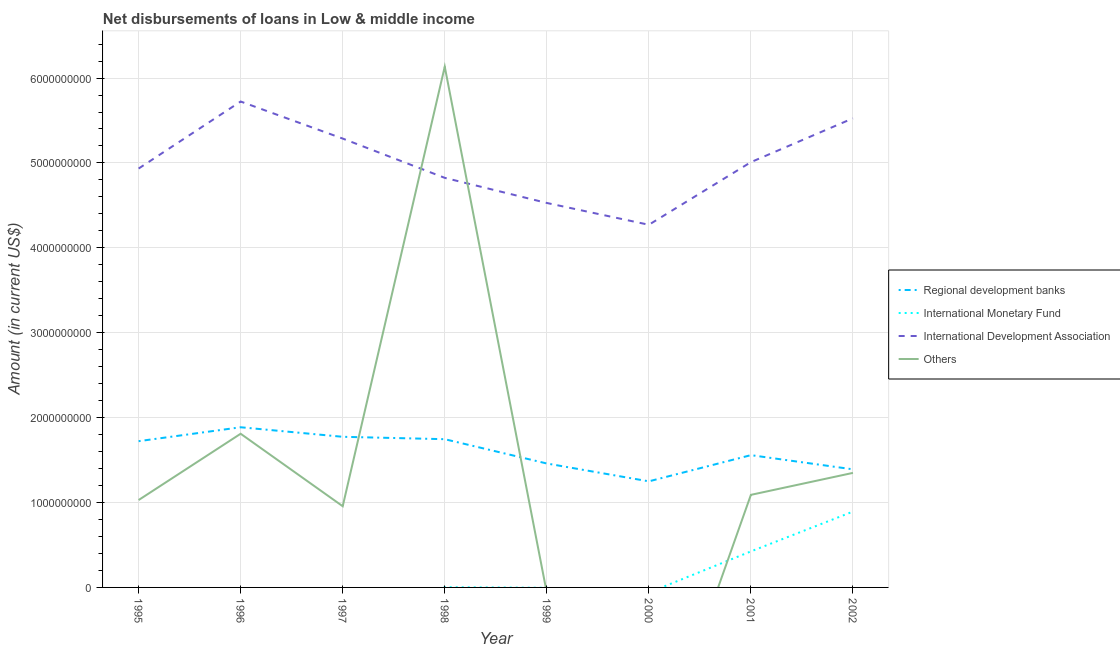
| Year | Regional development banks | International Monetary Fund | International Development Association | Others |
 | --- | --- | --- | --- | --- |
 | 1995 | 1.72e+09 | -1.25e+08 | 4.93e+09 | 1.03e+09 |
 | 1996 | 1.89e+09 | -6.81e+08 | 5.72e+09 | 1.81e+09 |
 | 1997 | 1.77e+09 | -4.2e+08 | 5.29e+09 | 9.57e+08 |
 | 1998 | 1.75e+09 | 2.32e+06 | 4.82e+09 | 6.13e+09 |
 | 1999 | 1.46e+09 | -4.31e+06 | 4.53e+09 | -6.27e+07 |
 | 2000 | 1.25e+09 | -6.1e+07 | 4.27e+09 | -2.31e+09 |
 | 2001 | 1.56e+09 | 4.24e+08 | 5.01e+09 | 1.09e+09 |
 | 2002 | 1.39e+09 | 8.93e+08 | 5.53e+09 | 1.35e+09 |